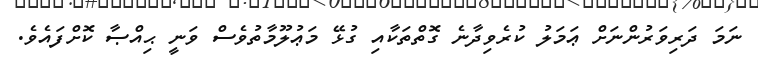
ނަމަ ދަރިވަރުންނަށް ޢަމަލު ކުރެވިދާނެ ގޮތްތަކާއި ގުޅޭ މަޢުލޫމާތުވެސް ވަނީ ޙިއްޞާ ކޮށްފައެވެ.